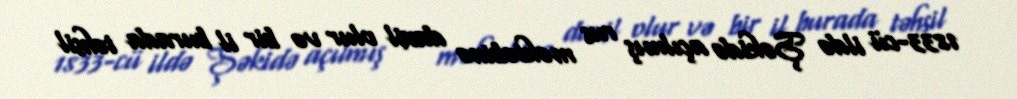
1833-cü ildə Şəkidə açılmış rus məktəbinə daxil olur və bir il burada təhsil